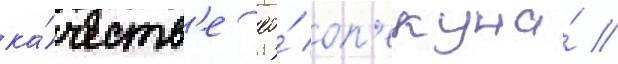
ка́честв'е ео́ оп'екуна́ //